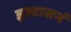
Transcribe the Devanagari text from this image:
इत्यासनं